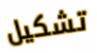
تشكيل